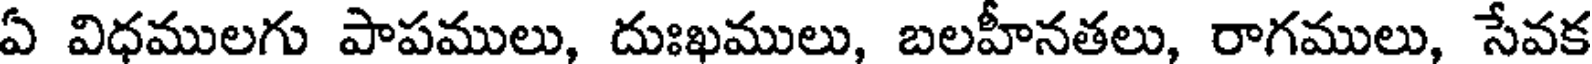
ఏ విధములగు పాపములు, దుఃఖములు, బలహీనతలు, రాగములు, సేవక